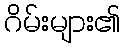
ဂိမ်းများ၏